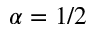
\alpha = 1 / 2